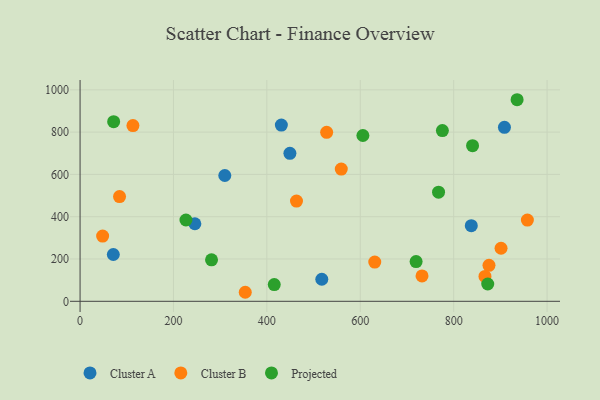
{"axis": {"x": "Ad Spend", "y": "Rating"}, "legend": ["Cluster A", "Cluster B", "Projected"], "data": [{"x": "71.2", "y": 221.4, "type": "Cluster A"}, {"x": "245.8", "y": 366.7, "type": "Cluster A"}, {"x": "908.7", "y": 822.7, "type": "Cluster A"}, {"x": "837.7", "y": 357.8, "type": "Cluster A"}, {"x": "517.6", "y": 104.2, "type": "Cluster A"}, {"x": "309.9", "y": 594.8, "type": "Cluster A"}, {"x": "431.0", "y": 833.1, "type": "Cluster A"}, {"x": "449.3", "y": 699.7, "type": "Cluster A"}, {"x": "875.6", "y": 170.0, "type": "Cluster B"}, {"x": "732.2", "y": 119.8, "type": "Cluster B"}, {"x": "867.0", "y": 117.8, "type": "Cluster B"}, {"x": "631.0", "y": 185.6, "type": "Cluster B"}, {"x": "84.5", "y": 495.2, "type": "Cluster B"}, {"x": "957.8", "y": 384.0, "type": "Cluster B"}, {"x": "528.0", "y": 799.0, "type": "Cluster B"}, {"x": "463.4", "y": 473.9, "type": "Cluster B"}, {"x": "559.3", "y": 625.3, "type": "Cluster B"}, {"x": "353.7", "y": 42.7, "type": "Cluster B"}, {"x": "901.4", "y": 250.9, "type": "Cluster B"}, {"x": "48.3", "y": 308.6, "type": "Cluster B"}, {"x": "113.2", "y": 830.8, "type": "Cluster B"}, {"x": "226.7", "y": 384.4, "type": "Projected"}, {"x": "605.6", "y": 784.0, "type": "Projected"}, {"x": "840.4", "y": 735.8, "type": "Projected"}, {"x": "775.8", "y": 807.4, "type": "Projected"}, {"x": "719.5", "y": 187.8, "type": "Projected"}, {"x": "767.6", "y": 516.2, "type": "Projected"}, {"x": "872.9", "y": 81.9, "type": "Projected"}, {"x": "935.8", "y": 953.2, "type": "Projected"}, {"x": "415.8", "y": 78.9, "type": "Projected"}, {"x": "281.5", "y": 196.1, "type": "Projected"}, {"x": "71.9", "y": 849.6, "type": "Projected"}]}